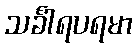
သင်္ခါရပရမာ